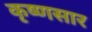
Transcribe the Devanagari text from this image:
कृष्णसार